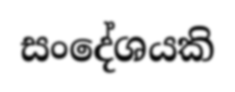
සංදේශයකි